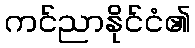
ကင်ညာနိုင်ငံ၏